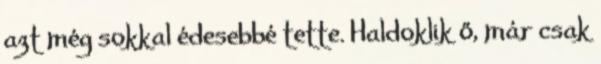
azt még sokkal édesebbé tette. Haldoklik ő, már csak